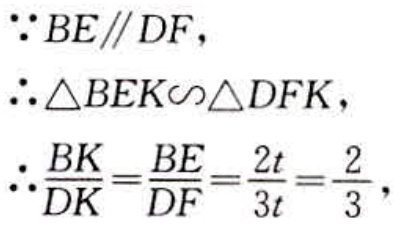
\(\because BE\parallel DF,\)
\(\therefore \triangle BEK\sim\triangle DFK,\)
\(\therefore \frac{BK}{DK}=\frac{BE}{DF}=\frac{2t}{3t}=\frac{2}{3},\)